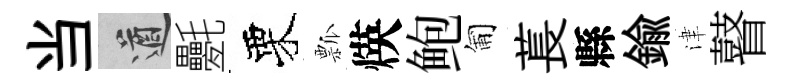
当遒氎栗瓢煐鲍匍萇縣鍮津瞽